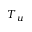
T _ { u }